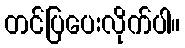
တင်ပြပေးလိုက်ပါ။